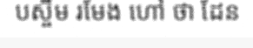
បស្ចឹម រមែង ហៅ ថា ដែន